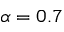
\alpha = 0 . 7